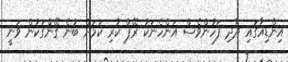
އިންޑިއާގައި ދާދި ފަހުންވެސް އަންހެނަކު ރޭޕް ކުރި ކަމަށް ބުނެ ގޭންގަކުން ވަނީ